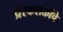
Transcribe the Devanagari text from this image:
प्रेरकशक्तीचे